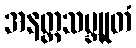
အနတ္တသမ္ဘူတံ